Medical and sanitary report on the native army of Bombay for the year
Year: 1878
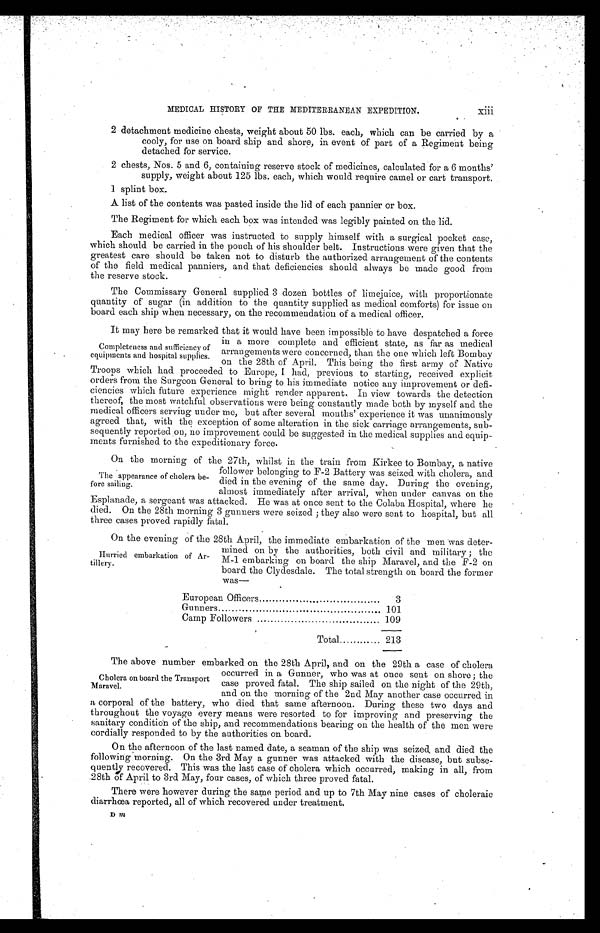
•
•
MEDICAL HISTORY OF THE MEDITERRANEAN EXPEDITION.
xiii
2detachmentmedicinechests,weightabout50 lbs.each,which can be carried by a
cooly, for use on board ship and shore, in event of part of aRegiment being
detached for service.
2 chests, Nos. 5 and 6, containing reserve stock of medicines, calculated for a 6 months'
supply, weight about 125 lbs. each, which would require camel or cart transport.
1 splint box.
A list of the contents was pasted inside the lid of each pannier or box.
The Regiment for which each box was intended was legibly painted on the lid.
Each medical officer was instructed to supply himself with a surgical pocket case,
which should be carried in the pouch of his shoulder belt.Instructions weregiven that the
greatest care should be taken not to disturb the authorized arrangement of the contents
of the field medical panniers, and that deficiencies should always bemade good from
the reserve stock.
The Commissary General supplie 3 dozen bottles of limejuice, with proportionate
quantity of sugar (in addition to the quantity supplied as medical comforts)for issue on
board each ship when necessary, on the recommendation of a medical officer.
It may here be remarked that it would have been impossible to have despatched a force
in a more complete and efficient state, as far as medical
Completeness and sufficiency of arrangements were concerned, than the one which left Bombay
equipments and hospital supplies. on the 28th of April.This being the first army of Native
Troops which had proceeded to Europe,I had, previous to starting, received explicit
orders from the Surgeon General to bring to his immediate notice any improvement or defi-
ciencies which future experience might render apparent.. in view towards the detection
thereof, the most watchful observations were being constantly made both by myself and the
medical officers serving under me, but after several months'experience it was unanimously
agreed that, with the exception of some alteration in the sick carriage arrangements, sub-
sequently reported on, no improvement could be suggested in the medical supplies and equip-
ments furnished to the expeditionary force.
On. the morning of the 27th, whilst in the train from Kirkee to Bombay, a native
follower belonging to F-2 Battery was seized with cholera, and
The appearance of cholera be- died in the evening o
f
the same day. During the evening,
fore sailing.
almost immediately after arrival, when under canvas on the
Esplanade, a sergeant was attacked. He was at once sent to the Colaba Hospital, where he
died. On the 28th morning 3 gunners were seized ; they also were sent to hospital, but all
three cases proved rapidly fatal.
On the evening of the 28th April, the immediate embarkation of the men was deter-
mined on by the authorities, both civil and military ; the
Hurried embarkation of Ar-M– 1 embarking on board the ship Maravel, and the F-2 on
tillery.
board the Clydesdale. The total strength on board the former
was—
European Officers
3
Gunners
101
Camp Followers
109
Total
213
The above number embarked on the 28th April, and on the 29th a case of cholera
occurred in a Gunner, who was at once sent on shore; the
Cholera on board the. Transport case proved fatal. The ship sailed on the night of the 29th,
Maravel.
and on the morning of the 2nd May another case- occurred in
a corporal of the battery, who died that same afternoon. During these two days and
throughout the voyage every means were resorted to for improving and preserving the
sanitary condition of the ship, and recommendations bearing on the health of the men were
cordially responded to by the authorities on board.
On the afternoon of the last named date, a seaman of the ship was seized, and died the
following morning. On the 3rd May a gunner was attacked with the disease, but subse–
quently recovered. This was the last case of cholera which occurred, making in all, from
.28th of April to 3rd May, four cases, of which three proved fatal.
There were however during the same period and up to 7th May nine cases of choleraic
diarrhoea reported, all of which recovered under treatment.
D m